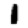
Digit: 1